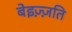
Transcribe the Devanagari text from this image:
बेइज़्ज़ति